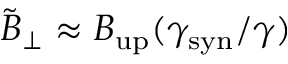
\tilde { B } _ { \perp } \approx B _ { \mathrm { u p } } ( \gamma _ { \mathrm { s y n } } / \gamma )